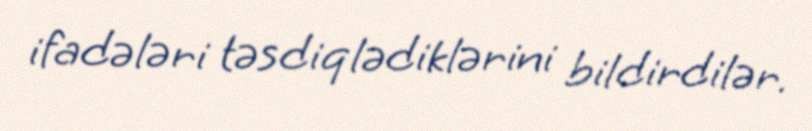
ifadələri təsdiqlədiklərini bildirdilər.